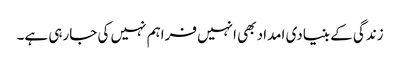
زندگی کے بنیادی امداد بھی انہیں فراہم نہیں کی جارہی ہے۔